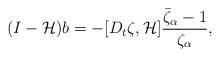
LaTeX: \begin{align*}(I-\mathcal{H})b=-[D_t\zeta,\mathcal{H}]\frac{\bar{\zeta}_{\alpha}-1}{\zeta_{\alpha}},\end{align*}